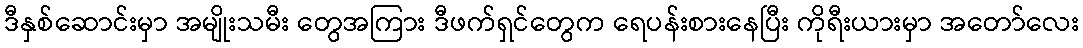
ဒီနှစ်ဆောင်းမှာ အမျိုးသမီး တွေအကြား ဒီဖက်ရှင်တွေက ရေပန်းစားနေပြီး ကိုရီးယားမှာ အတော်လေး